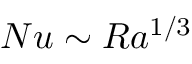
N u \sim R a ^ { 1 / 3 }